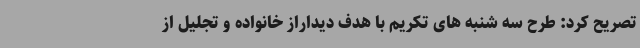
تصریح کرد: طرح سه شنبه های تکریم با هدف دیداراز خانواده و تجلیل از